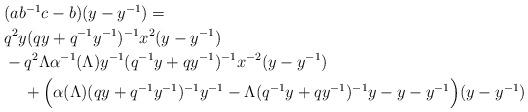
LaTeX: \begin{align*}\begin{aligned}& (ab^{-1}c - b)(y-y^{-1}) =\\&q^2y(qy + q^{-1}y^{-1})^{-1}x^2(y-y^{-1}) \\& - q^2\Lambda \alpha^{-1}(\Lambda)y^{-1}(q^{-1}y + qy^{-1})^{-1}x^{-2}(y-y^{-1}) \\&\, \quad+ \Big(\alpha(\Lambda)(qy + q^{-1}y^{-1})^{-1}y^{-1} - \Lambda(q^{-1}y + qy^{-1})^{-1}y - y - y^{-1}\Big)(y-y^{-1}) \\\end{aligned}\end{align*}